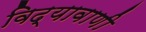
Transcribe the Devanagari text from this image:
विद्यावाणी